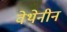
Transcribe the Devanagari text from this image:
वेथेनीन